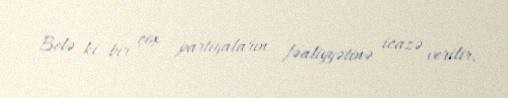
Belə ki bir çox partiyaların fəaliyyətinə icazə verilir.